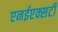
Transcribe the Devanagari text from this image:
एनईएक्सटी